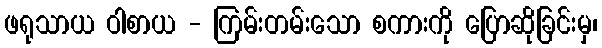
ဖရုသာယ ဝါစာယ - ကြမ်းတမ်းသော စကားကို ပြောဆိုခြင်းမှ၊